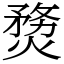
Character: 熃